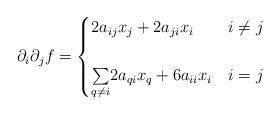
LaTeX: \begin{align*}\partial_{i}\partial_{j}f=\begin{cases}2a_{ij}x_{j}+2a_{ji}x_{i} & i\ne j\\\\\underset{q\neq i}{\sum}2a_{qi}x_{q}+6a_{ii}x_{i} & i=j\end{cases}\end{align*}